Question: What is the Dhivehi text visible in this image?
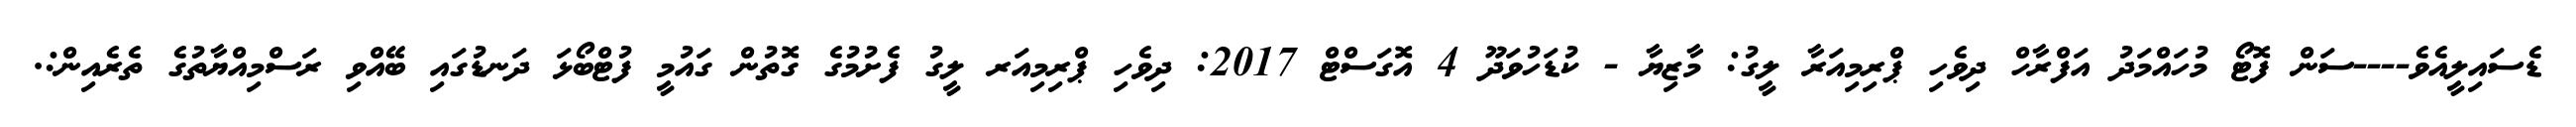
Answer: ޑެސައިލީއެވެ----ސަން ފޮޓޯ މުހައްމަދު އަފްރާހް ދިވެހި ޕްރިމިއަރާ ލީގު: މާޒިޔާ - ކުޑަހުވަދޫ 4 އޮގަސްޓް 2017: ދިވެހި ޕްރިމިއަރ ލީގު ފެށުމުގެ ގޮތުން ގައުމީ ފުޓްބޯޅަ ދަނޑުގައި ބޭއްވި ރަސްމިއްޔާތުގެ ތެރެއިން:.